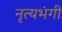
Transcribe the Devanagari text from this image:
नृत्यभंगी